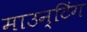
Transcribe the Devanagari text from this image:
माउन्टिंग